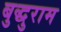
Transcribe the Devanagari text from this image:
बुद्धुराम